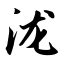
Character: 泷